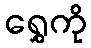
ရွှေကို